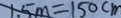
1 . 5 m = 1 5 0 c m